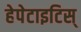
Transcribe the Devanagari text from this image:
हेपेटाइटिस्